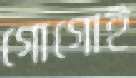
গোগোই